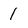
Character: 1